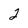
Character: 2